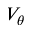
V _ { \theta }